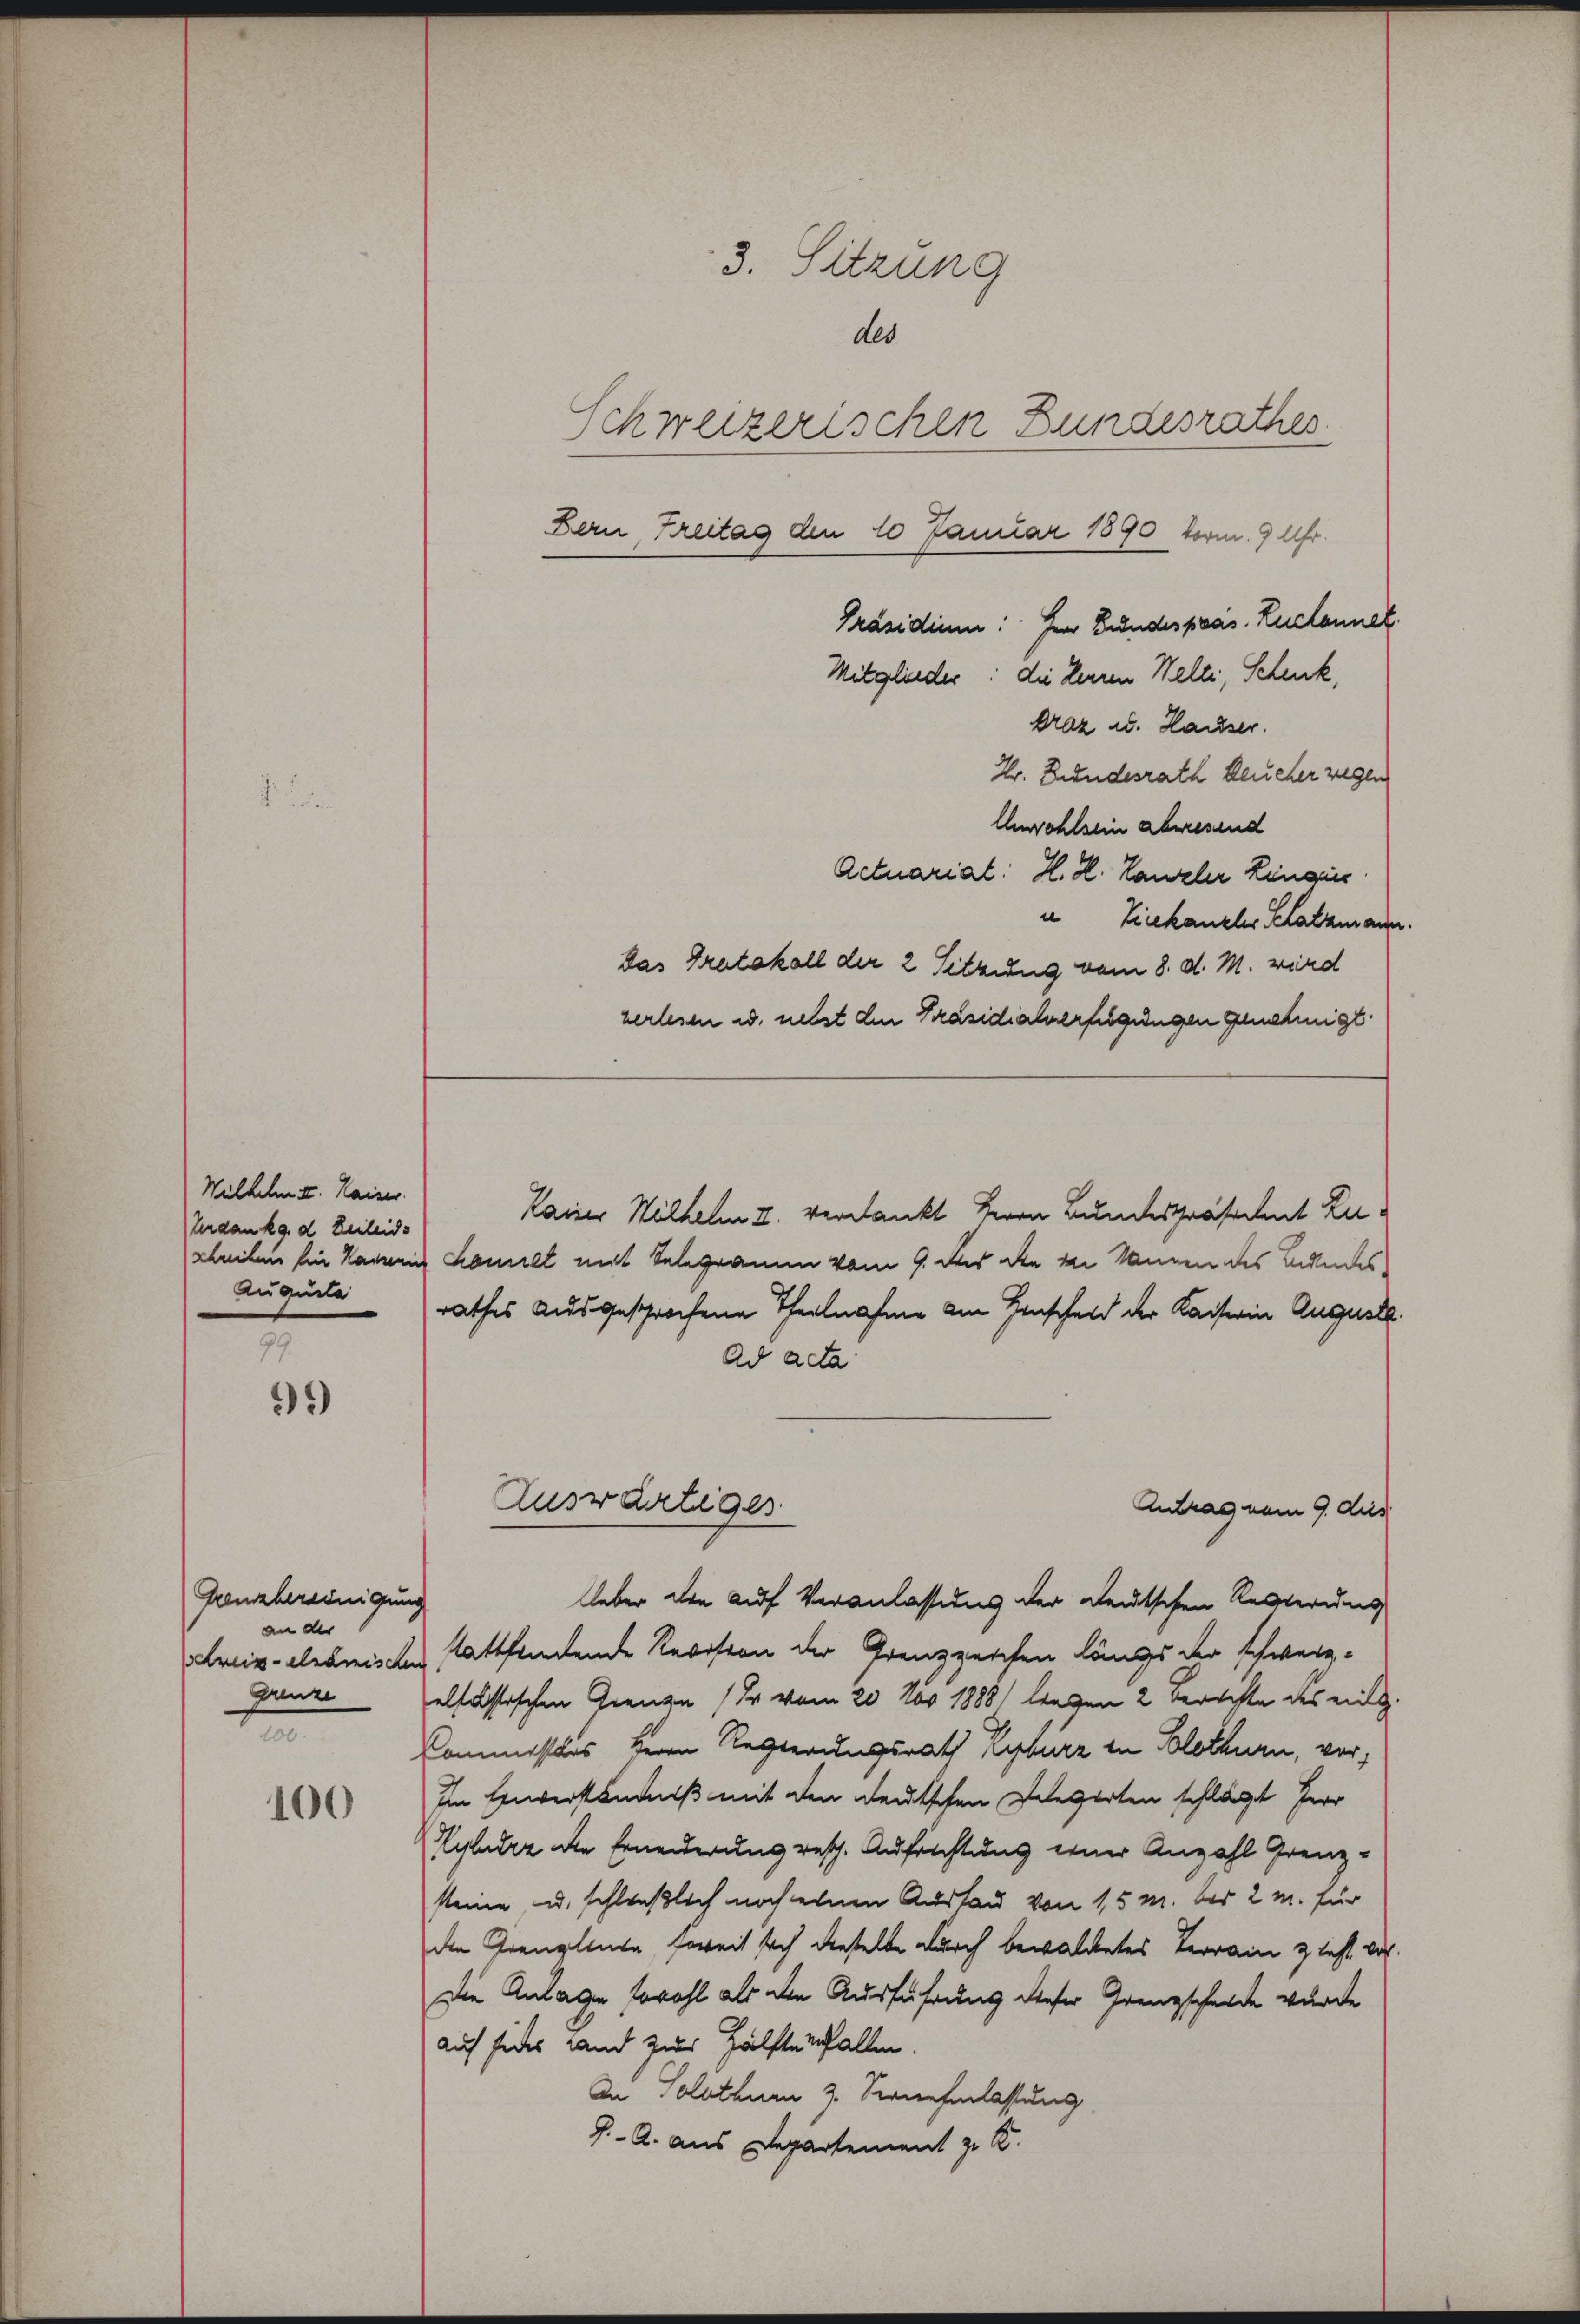
Wilhelm II. Kaiser.
Verdankg. d. Zeileids
schreiben Ein Kamerin
Augusta

99.
*9)

Grenzbereinigung
an der
Schreib- elsamischen
e

100

Präsidium: Herr Bundespräs. Ruchannek.
Mitglieder: die Herren Welli, Schenk,
Draz u. Hauser.
Hr. Bundesrath keucher zeigen
Unwohlsein abwesend
Actuariat: H. H. Canzler Lingie
Lieekanzler Schatzmann.
das Tratakall der 2 Sitzung vom 8. d. M. wird
zerlesen u. nebst den Präsidialverfügungen genehmigt.
Rainer Wilhelm II. verdankt Herrn Bundespräsident La-
Lomill mit Selegramm vom 9. Der die den Namen des Bundes-
rathes ausgesprochene Theilnahme am Hinscheid der Kaiserin Auguste.
Ad acta
Auswärtiges
Antrag vom 9. des
Ueber die auf Veranlassung der deutschen Regierung
stattfandende Revision der Grenzzeichen längs der schwerz-
Ganze allastischen Grenze (Er vom 20 des 1888) liegen 2 Berichte des ein¬
Commissors Herrn Regierungsrath Kyburz in Solothurn, vor,
Im Einverständniß mit den deutschen Delegerten schlägt fer
Zylez die Ernenderung resch. Aufrichtung einer Anzahl Grenzsteine u. schließlich noch einen Auslau von 15 M. bei 2 M. für
den Grenzliche soweit sich dieselbe durch bewaldetes Terrain & test doch
Die Anlage sowohl als den Ausführung dieser Grenzscheide wurde
auf jedes Land zur Hälfte infallen.
An Solothum 3. Vernehmlassung
J. A. aus Departement zu K

3. Sitzung
des
Schweizerischen Bundesrathes.
Bern, Breitag den 10 Januar 1890 vorm. 9 Uhr.